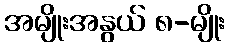
အမျိုးအနွယ် ၈-မျိုး